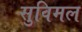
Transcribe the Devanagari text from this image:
सुविमल